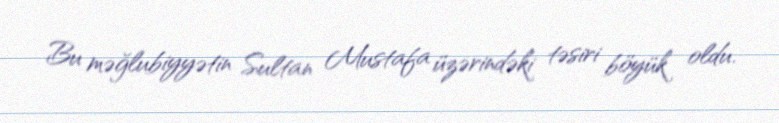
Bu məğlubiyyətin Sultan Mustafa üzərindəki təsiri böyük oldu.